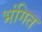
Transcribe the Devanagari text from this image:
भंगित